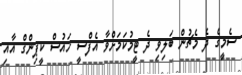
ސެމީގެ ދެ މެޗުން ބަލިވި ދެ ޓީމުކަމަށްވާ އެފްސީ ހައުސް ކީޕިންގް އާއި